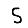
Digit: 5